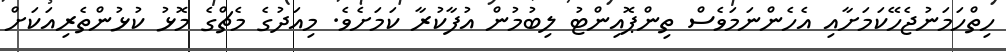
ހިތްހަމަނުޖެހޭކަމަށާއި އެހެންނަމަވެސް ތިންޕޮއިންޓު ލިބުމުން އުފާކުރާ ކަމަށެވެ. މިއަދުގެ މެޗްގެ މޮޅު ކުޅުންތެރިއަކަށް